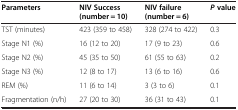
<table><thead><tr><td><b>Parameters</b></td><td><b>NIV Success (number = 10)</b></td><td><b>NIV failure (number = 6)</b></td><td><b><i>P</i>value</b></td></tr></thead><tbody><tr><td>TST (minutes)</td><td>423 (359 to 458)</td><td>328 (274 to 422)</td><td>0.3</td></tr><tr><td>Stage N1 (%)</td><td>16 (12 to 20)</td><td>17 (9 to 23)</td><td>0.6</td></tr><tr><td>Stage N2 (%)</td><td>45 (35 to 50)</td><td>61 (55 to 63)</td><td>0.2</td></tr><tr><td>Stage N3 (%)</td><td>12 (8 to 17)</td><td>13 (6 to 16)</td><td>0.6</td></tr><tr><td>REM (%)</td><td>11 (6 to 14)</td><td>3 (3 to 6)</td><td>0.1</td></tr><tr><td>Fragmentation (n/h)</td><td>27 (20 to 30)</td><td>36 (31 to 43)</td><td>0.1</td></tr></tbody></table>